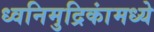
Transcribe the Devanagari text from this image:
ध्वनिमुद्रिकांमध्ये